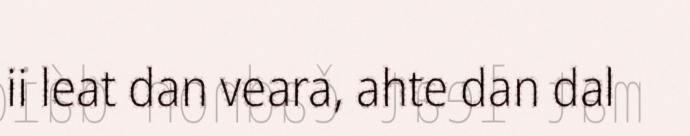
ii leat dan veara, ahte dan dal